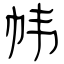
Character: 帏